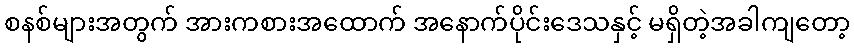
စနစ်များအတွက် အားကစားအထောက် အနောက်ပိုင်းဒေသနှင့် မရှိတဲ့အခါကျတော့